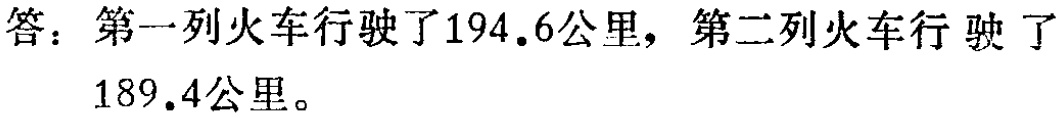
答：第一列火车行驶了\(194.6\)公里，第二列火车行驶了\(189.4\)公里。